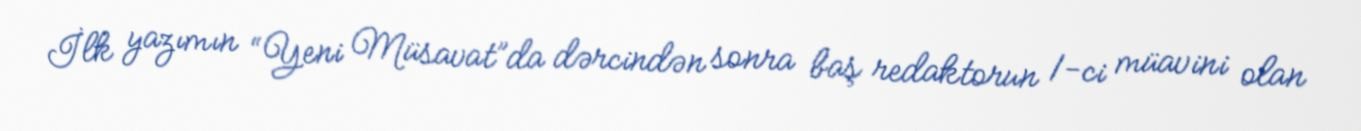
İlk yazımın “Yeni Müsavat”da dərcindən sonra baş redaktorun 1-ci müavini olan